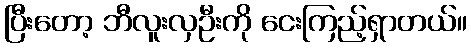
ပြီးတော့ ဘီလူးလှဦးကို ငေးကြည့်ရှာတယ်။